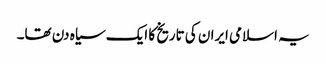
یہ اسلامی ایران کی تاریخ کا ایک سیاہ دن تھا۔